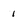
Character: 1